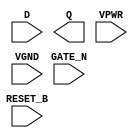
module sky130_fd_sc_hs__dlrtn (
    //# {{data|Data Signals}}
    input  D      ,
    output Q      ,

    //# {{control|Control Signals}}
    input  RESET_B,

    //# {{clocks|Clocking}}
    input  GATE_N ,

    //# {{power|Power}}
    input  VPWR   ,
    input  VGND
);
endmodule